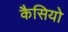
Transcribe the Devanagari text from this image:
कैसियो